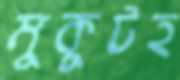
মুকুটহ